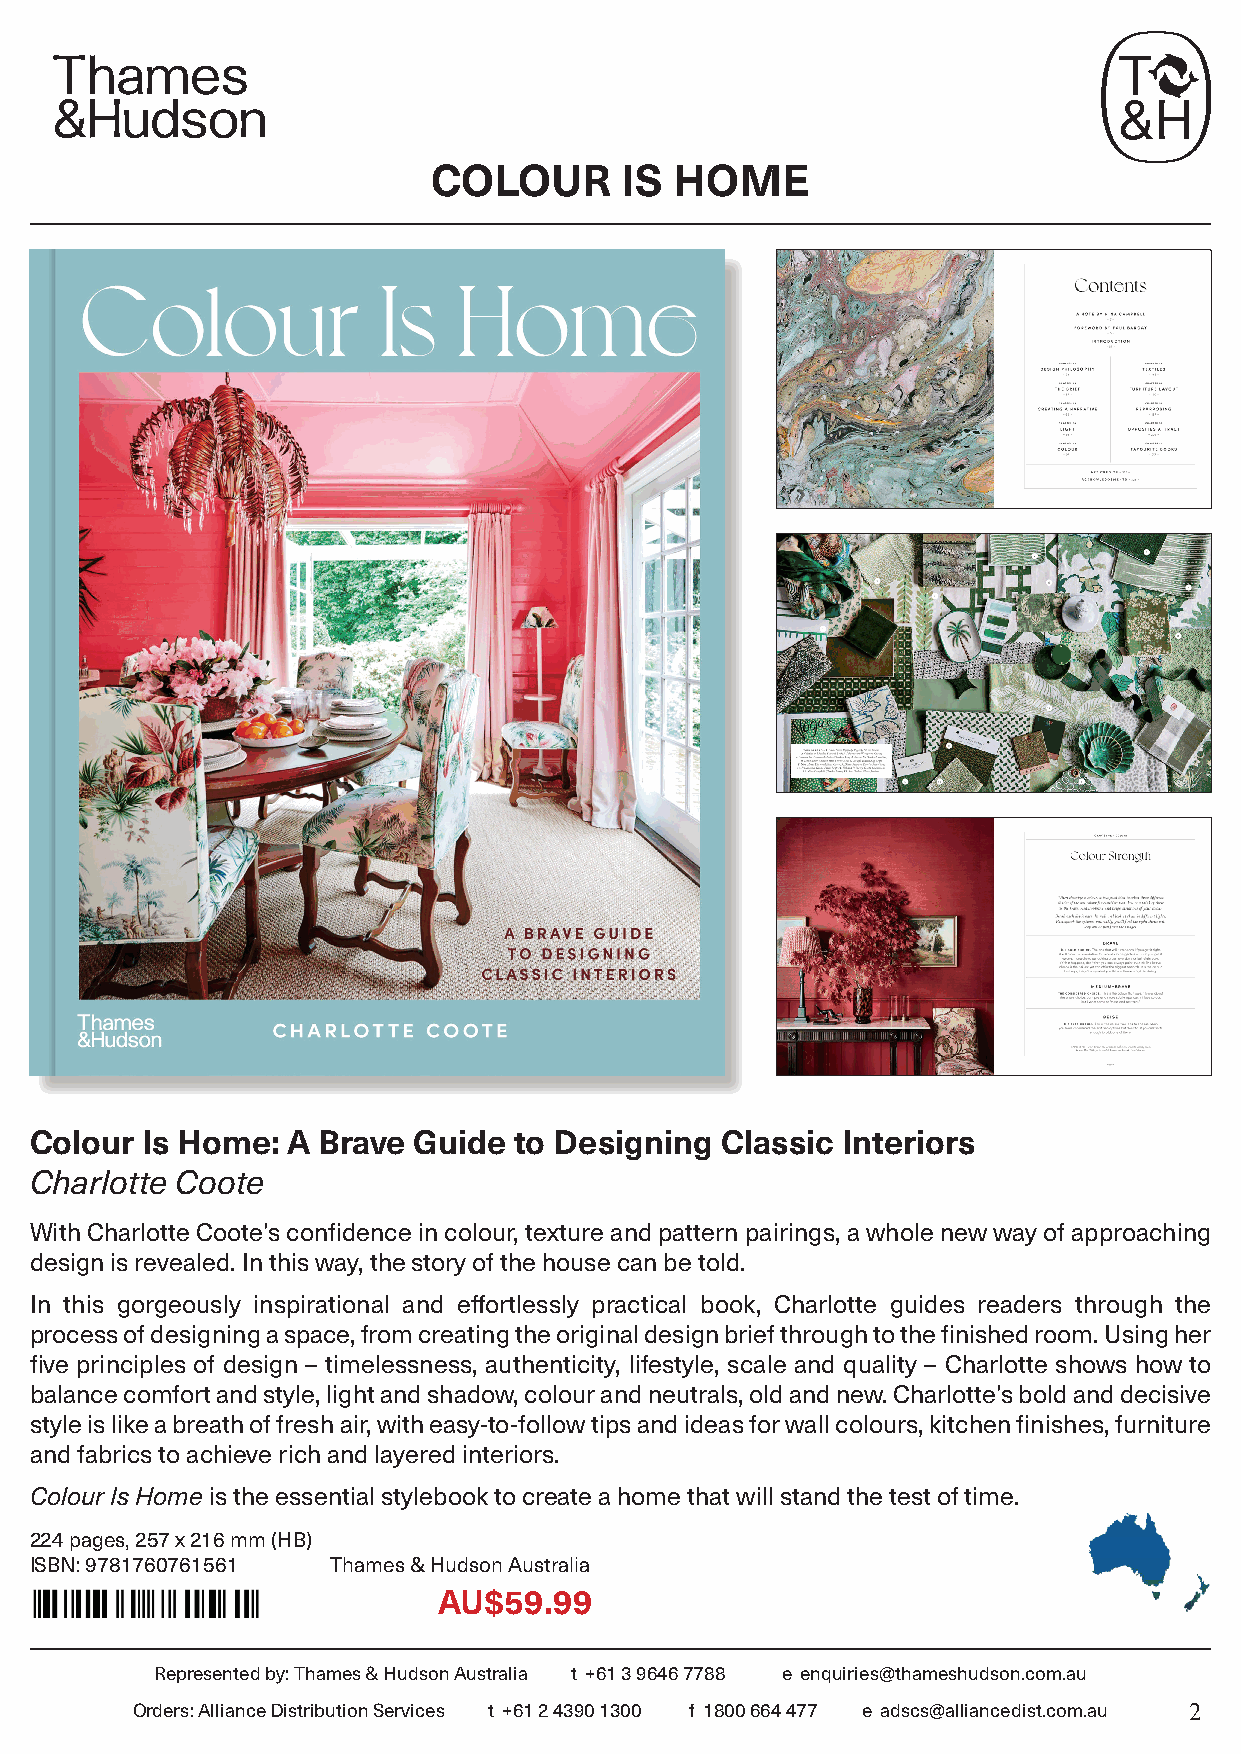
COLOUR      IS  HOME
 Colour Is Home:  A Brave Guide  to Designing  Classic Interiors
 Charlotte Coote
 With Charlotte Coote’s confidence in colour, texture and pattern pairings, a whole new way of approaching
 design is revealed. In this way, the story of the house can be told.
 In this gorgeously inspirational and effortlessly practical book, Charlotte guides readers through the
 process of designing a space, from creating the original design brief through to the finished room. Using her
 five principles of design – timelessness, authenticity, lifestyle, scale and quality – Charlotte shows how to
 balance comfort and style, light and shadow, colour and neutrals, old and new. Charlotte’s bold and decisive
 style is like a breath of fresh air, with easy-to-follow tips and ideas for wall colours, kitchen finishes, furniture
 and fabrics to achieve rich and layered interiors.
 Colour Is Home is the essential stylebook to create a home that will stand the test of time.
 224 pages, 257 x 216 mm (HB)
 ISBN: 9781760761561 Thames & Hudson Australia
 AU$59.99
 Represented by: Thames & Hudson Australia t +61 3 9646 7788 e enquiries@thameshudson.com.au
 Orders: Alliance Distribution Services t +61 2 4390 1300 f 1800 664 477 e adscs@alliancedist.com.au 2